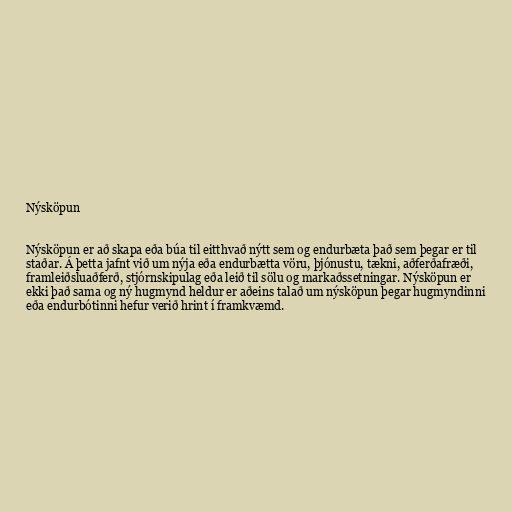
Nýsköpun

Nýsköpun er að skapa eða búa til eitthvað nýtt sem og endurbæta það sem þegar er til
staðar. Á þetta jafnt við um nýja eða endurbætta vöru, þjónustu, tækni, aðferðafræði,
framleiðsluaðferð, stjórnskipulag eða leið til sölu og markaðssetningar. Nýsköpun er
ekki það sama og ný hugmynd heldur er aðeins talað um nýsköpun þegar hugmyndinni
eða endurbótinni hefur verið hrint í framkvæmd.